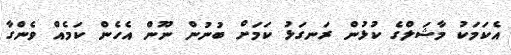
އެކަމަކު މާޝަލްގެ ކުޅުން ރަނގަޅު ކަމަށް ބުނުން ނޫން އެހެން ކަމެއް ވެންގާ